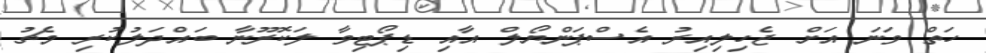
ހަތް ވަނަ އަށް ޖެހިލިއިރު އެސްޕަންޔޯލް އާއި ޑިޕޯޓިވާ ލަކޮރޫނާ ބައްދަލުކުރި މެޗު